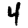
Digit: 4